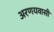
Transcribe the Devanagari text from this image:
अरणयवासी